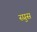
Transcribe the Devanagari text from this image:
स्प्रुस